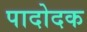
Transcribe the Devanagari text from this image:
पादोदक